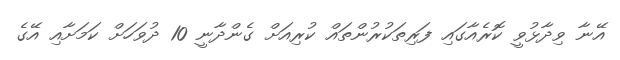
އޭނާ ވިދާޅުވީ ކޮރެއާގައި ފަރިތަކުރުންތައް ކުރިއަށް ގެންދާނީ 10 ދުވަހަށް ކަމަށާއި އޭގެ